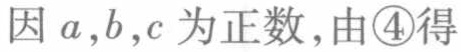
因 \(a,b,c\) 为正数，由\textcircled{4}得